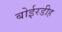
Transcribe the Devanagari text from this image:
बोईरडीह